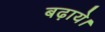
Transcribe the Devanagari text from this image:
बढ़ाये।